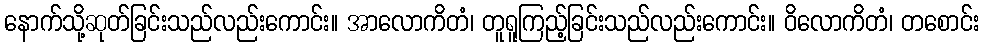
နောက်သို့ဆုတ်ခြင်းသည်လည်းကောင်း။ အာလောကိတံ၊ တူရူကြည့်ခြင်းသည်လည်းကောင်း။ ဝိလောကိတံ၊ တစောင်း